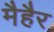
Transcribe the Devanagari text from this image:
मैहैर